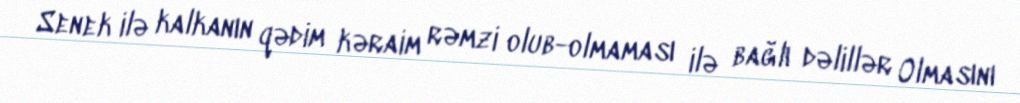
Senek ilə kalkanın qədim kəraim rəmzi olub-olmaması ilə bağlı dəlillər Olmasını